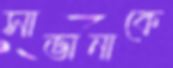
সাভানাকে